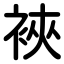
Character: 裌